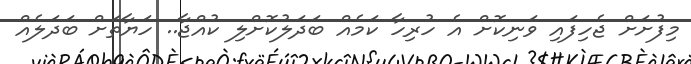
މިފުށަށް ޖެހިފައި ވަނިކޮށް އެ ހުރިހާ ކަމެއް ބަދަލުކޮށްލި ކުއްޖާ.. ހަޔާތަށް ބަދަލެއް